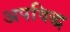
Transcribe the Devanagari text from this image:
अपविद्ध